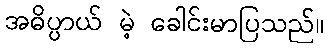
အဓိပ္ပာယ် မဲ့ ခေါင်းမာပြသည်။